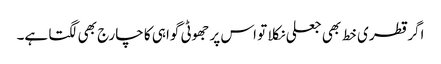
اگر قطری خط بھی جعلی نکلا تو اس پر جھوٹی گواہی کا چارج بھی لگتا ہے۔